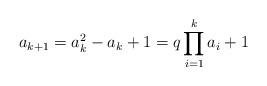
LaTeX: \begin{align*}a_{k+1} = a_k^2 - a_k +1 = q\prod_{i=1}^k a_i + 1\end{align*}